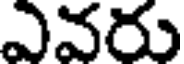
ఎవరు